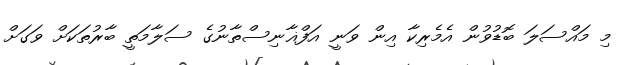
މި މައްސަލަ ބޮޑުވުން އެމެރިކާ އިން ވަނީ އަފްޣާނިސްތާނުގެ ސަލާމަތީ ބާރުތަކަށް ވަގަށް